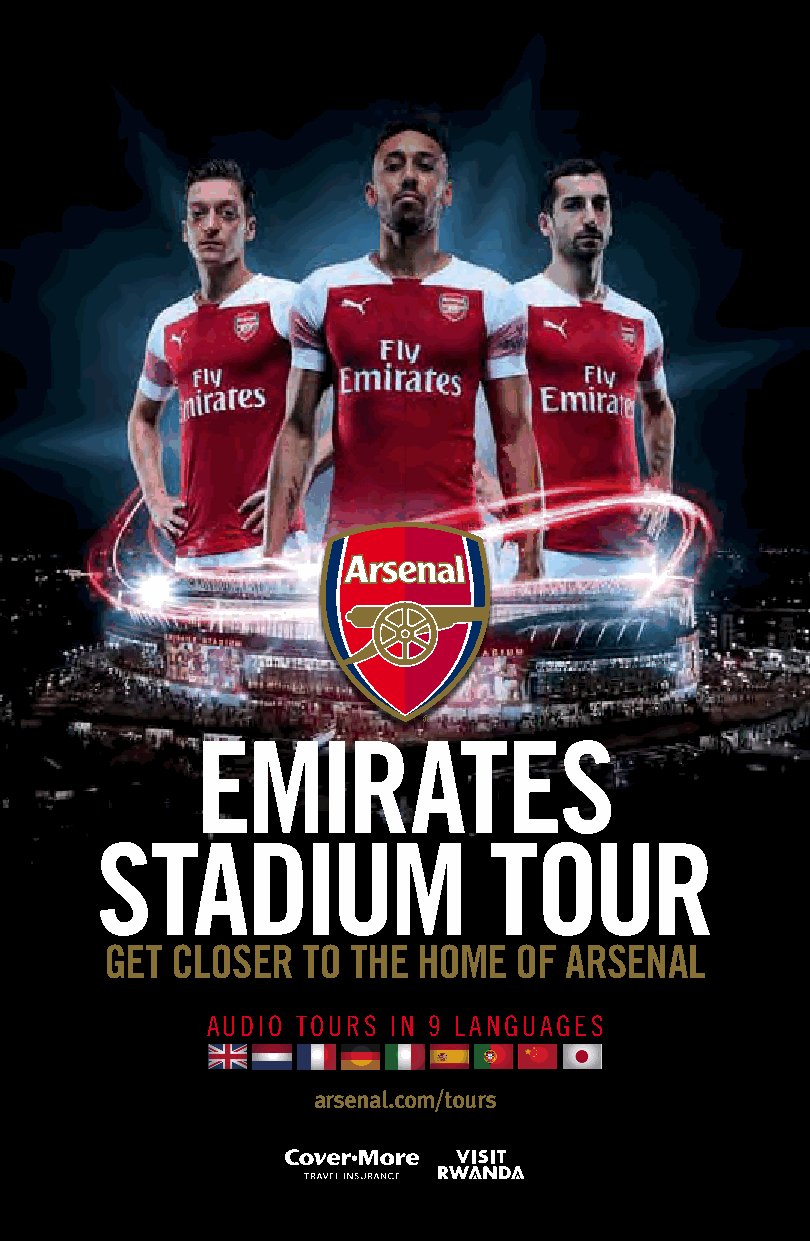
EMIRATES
 STADIUM                   TOUR
 GET CLOSER   TO THE  HOME  OF ARSENAL
 AUDIO TOURS IN 9 LANGUAGES
 arsenal.com/tours